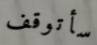
سأتوقف